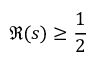
\Re ( s ) \geq { \frac { 1 } { 2 } }